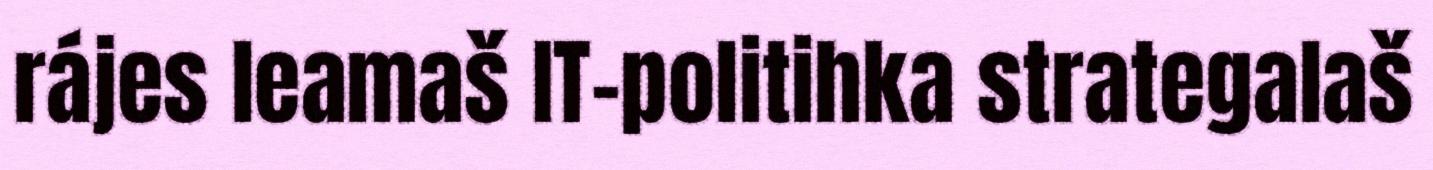
rájes leamaš IT-politihka strategalaš